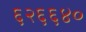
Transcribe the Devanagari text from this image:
६२६६४०